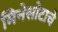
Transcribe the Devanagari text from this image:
मिनेसोटाचे